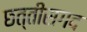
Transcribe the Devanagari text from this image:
छत्तीसगद